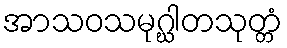
အာသဝသမုဂ္ဃါတသုတ္တံ